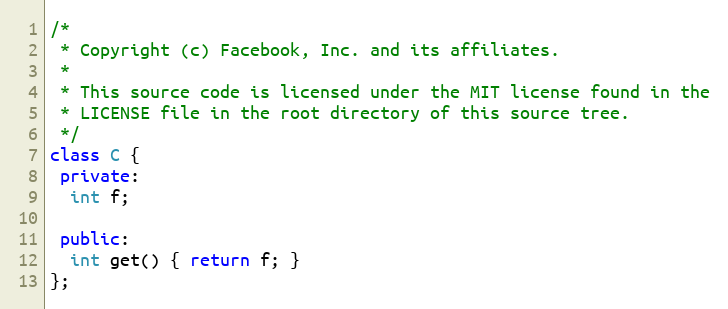
Language: C++
/*
 * Copyright (c) Facebook, Inc. and its affiliates.
 *
 * This source code is licensed under the MIT license found in the
 * LICENSE file in the root directory of this source tree.
 */
class C {
 private:
  int f;

 public:
  int get() { return f; }
};